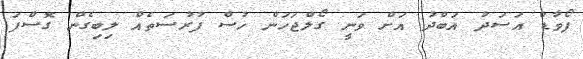
ފޯވާޑް އަސަދު އަބްދު އަށް ވަނީ ގޯލްޖަހަން ހުސް ފުރުސަތެއް ލިބިގެން ގޮސްފަ